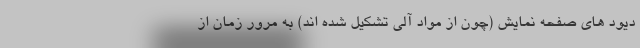
دیود های صفحه نمایش (چون از مواد آلی تشکیل شده اند) به مرور زمان از